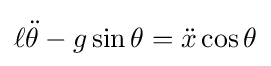
\ell {\ddot {\theta }}-g\sin \theta ={\ddot {x}}\cos \theta